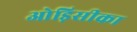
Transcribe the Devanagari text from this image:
ओड़िसीका